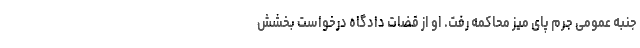
جنبه عمومی جرم پای میز محاکمه رفت. او از قضات دادگاه درخواست بخشش